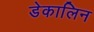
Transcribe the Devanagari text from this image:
डेकालिन